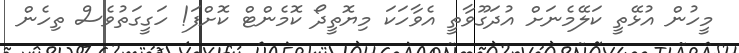
މީހުން އުޅޭތީ ކަލޭމެނަށް އުދަގޫވާތީ އެވާހަކަ މިޔޮތީދޯ ކޮމެންޓް ކޮށްފަ! ހަގީގަތުވެސް ތިހެން